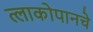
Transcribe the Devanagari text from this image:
त्लाकोपानचे